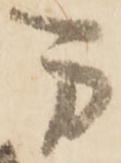
万